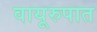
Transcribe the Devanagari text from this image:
वायूरुपात